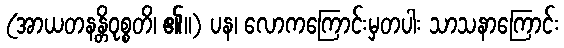
(အာယတနန္တိဝုစ္စတိ၊ ၏။) ပန၊ လောကကြောင်းမှတပါး သာသနာကြောင်း